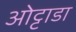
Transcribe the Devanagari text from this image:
ओट्टाडा